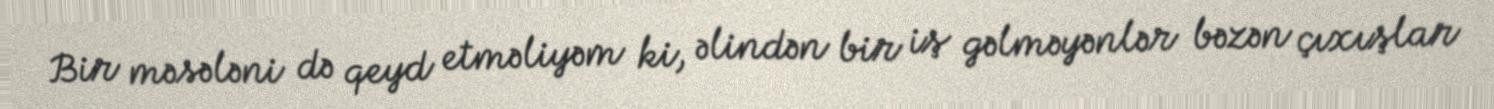
Bir məsələni də qeyd etməliyəm ki, əlindən bir iş gəlməyənlər bəzən çıxışlar